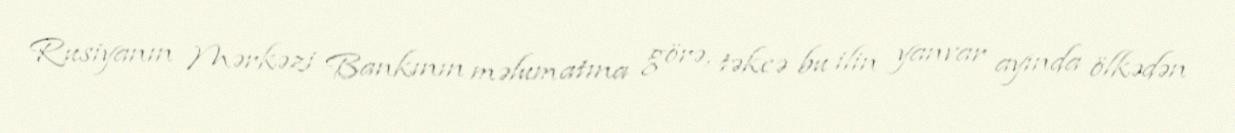
Rusiyanın Mərkəzi Bankının məlumatına görə, təkcə bu ilin yanvar ayında ölkədən